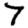
Digit: 7